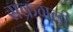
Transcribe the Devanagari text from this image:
सक्रगली